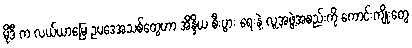
မိုဒီ က လယ်ယာမြေ ဥပဒေအသစ်တွေဟာ အိန္ဒိယ စီးပွား ရေးနဲ့ လူ့အဖွဲ့အစည်းကို ကောင်းကျိုးတွေ